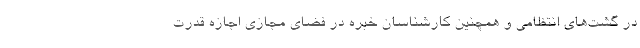
در گشت‌های انتظامی و همچنین کارشناسان خبره در فضای مجازی اجازه قدرت